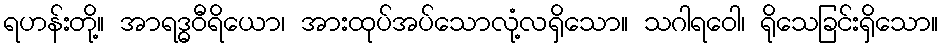
ရဟန်းတို့။ အာရဒ္ဓဝီရိယော၊ အားထုပ်အပ်သောလုံ့လရှိသော။ သဂါရဝေါ၊ ရိုသေခြင်းရှိသော။